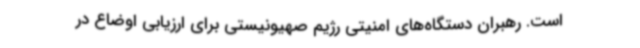
است. رهبران دستگاه‌های امنیتی رژیم صهیونیستی برای ارزیابی اوضاع در